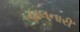
ચાલનારી